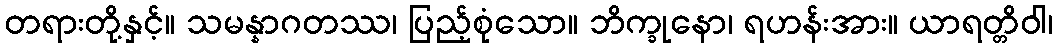
တရားတို့နှင့်။ သမန္နာဂတဿ၊ ပြည့်စုံသော။ ဘိက္ခုနော၊ ရဟန်းအား။ ယာရတ္တိဝါ၊